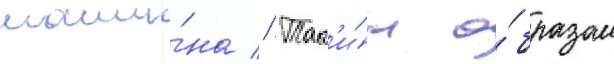
маши́на // Так'и́м о́бразом